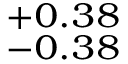
^ { + 0 . 3 8 } _ { - 0 . 3 8 }